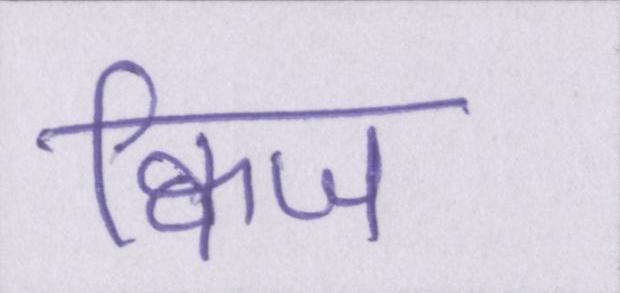
क्विज